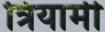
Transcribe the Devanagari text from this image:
त्रियामी